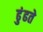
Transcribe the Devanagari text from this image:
ढुंढते